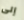
إلى